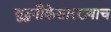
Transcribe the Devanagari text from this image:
युद्धनौकेसारख्याच